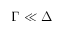
\Gamma \ll \Delta